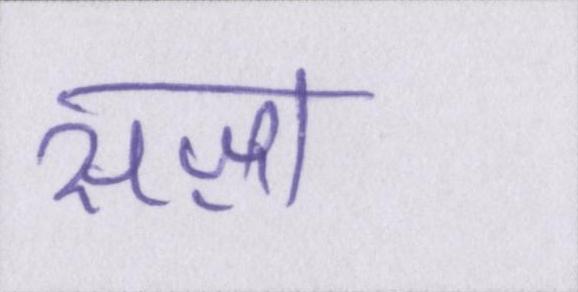
सज़ा